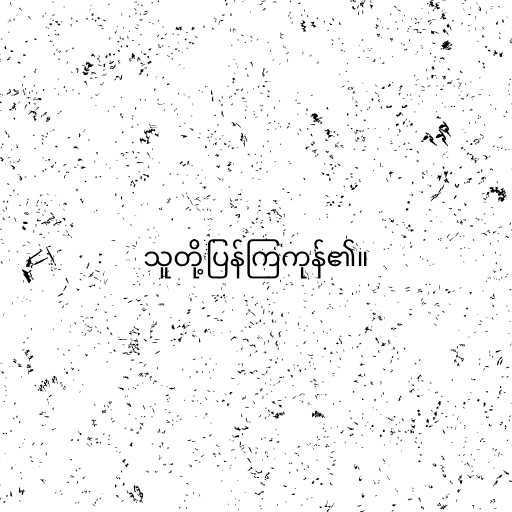
သူတို့ပြန်ကြကုန်၏။